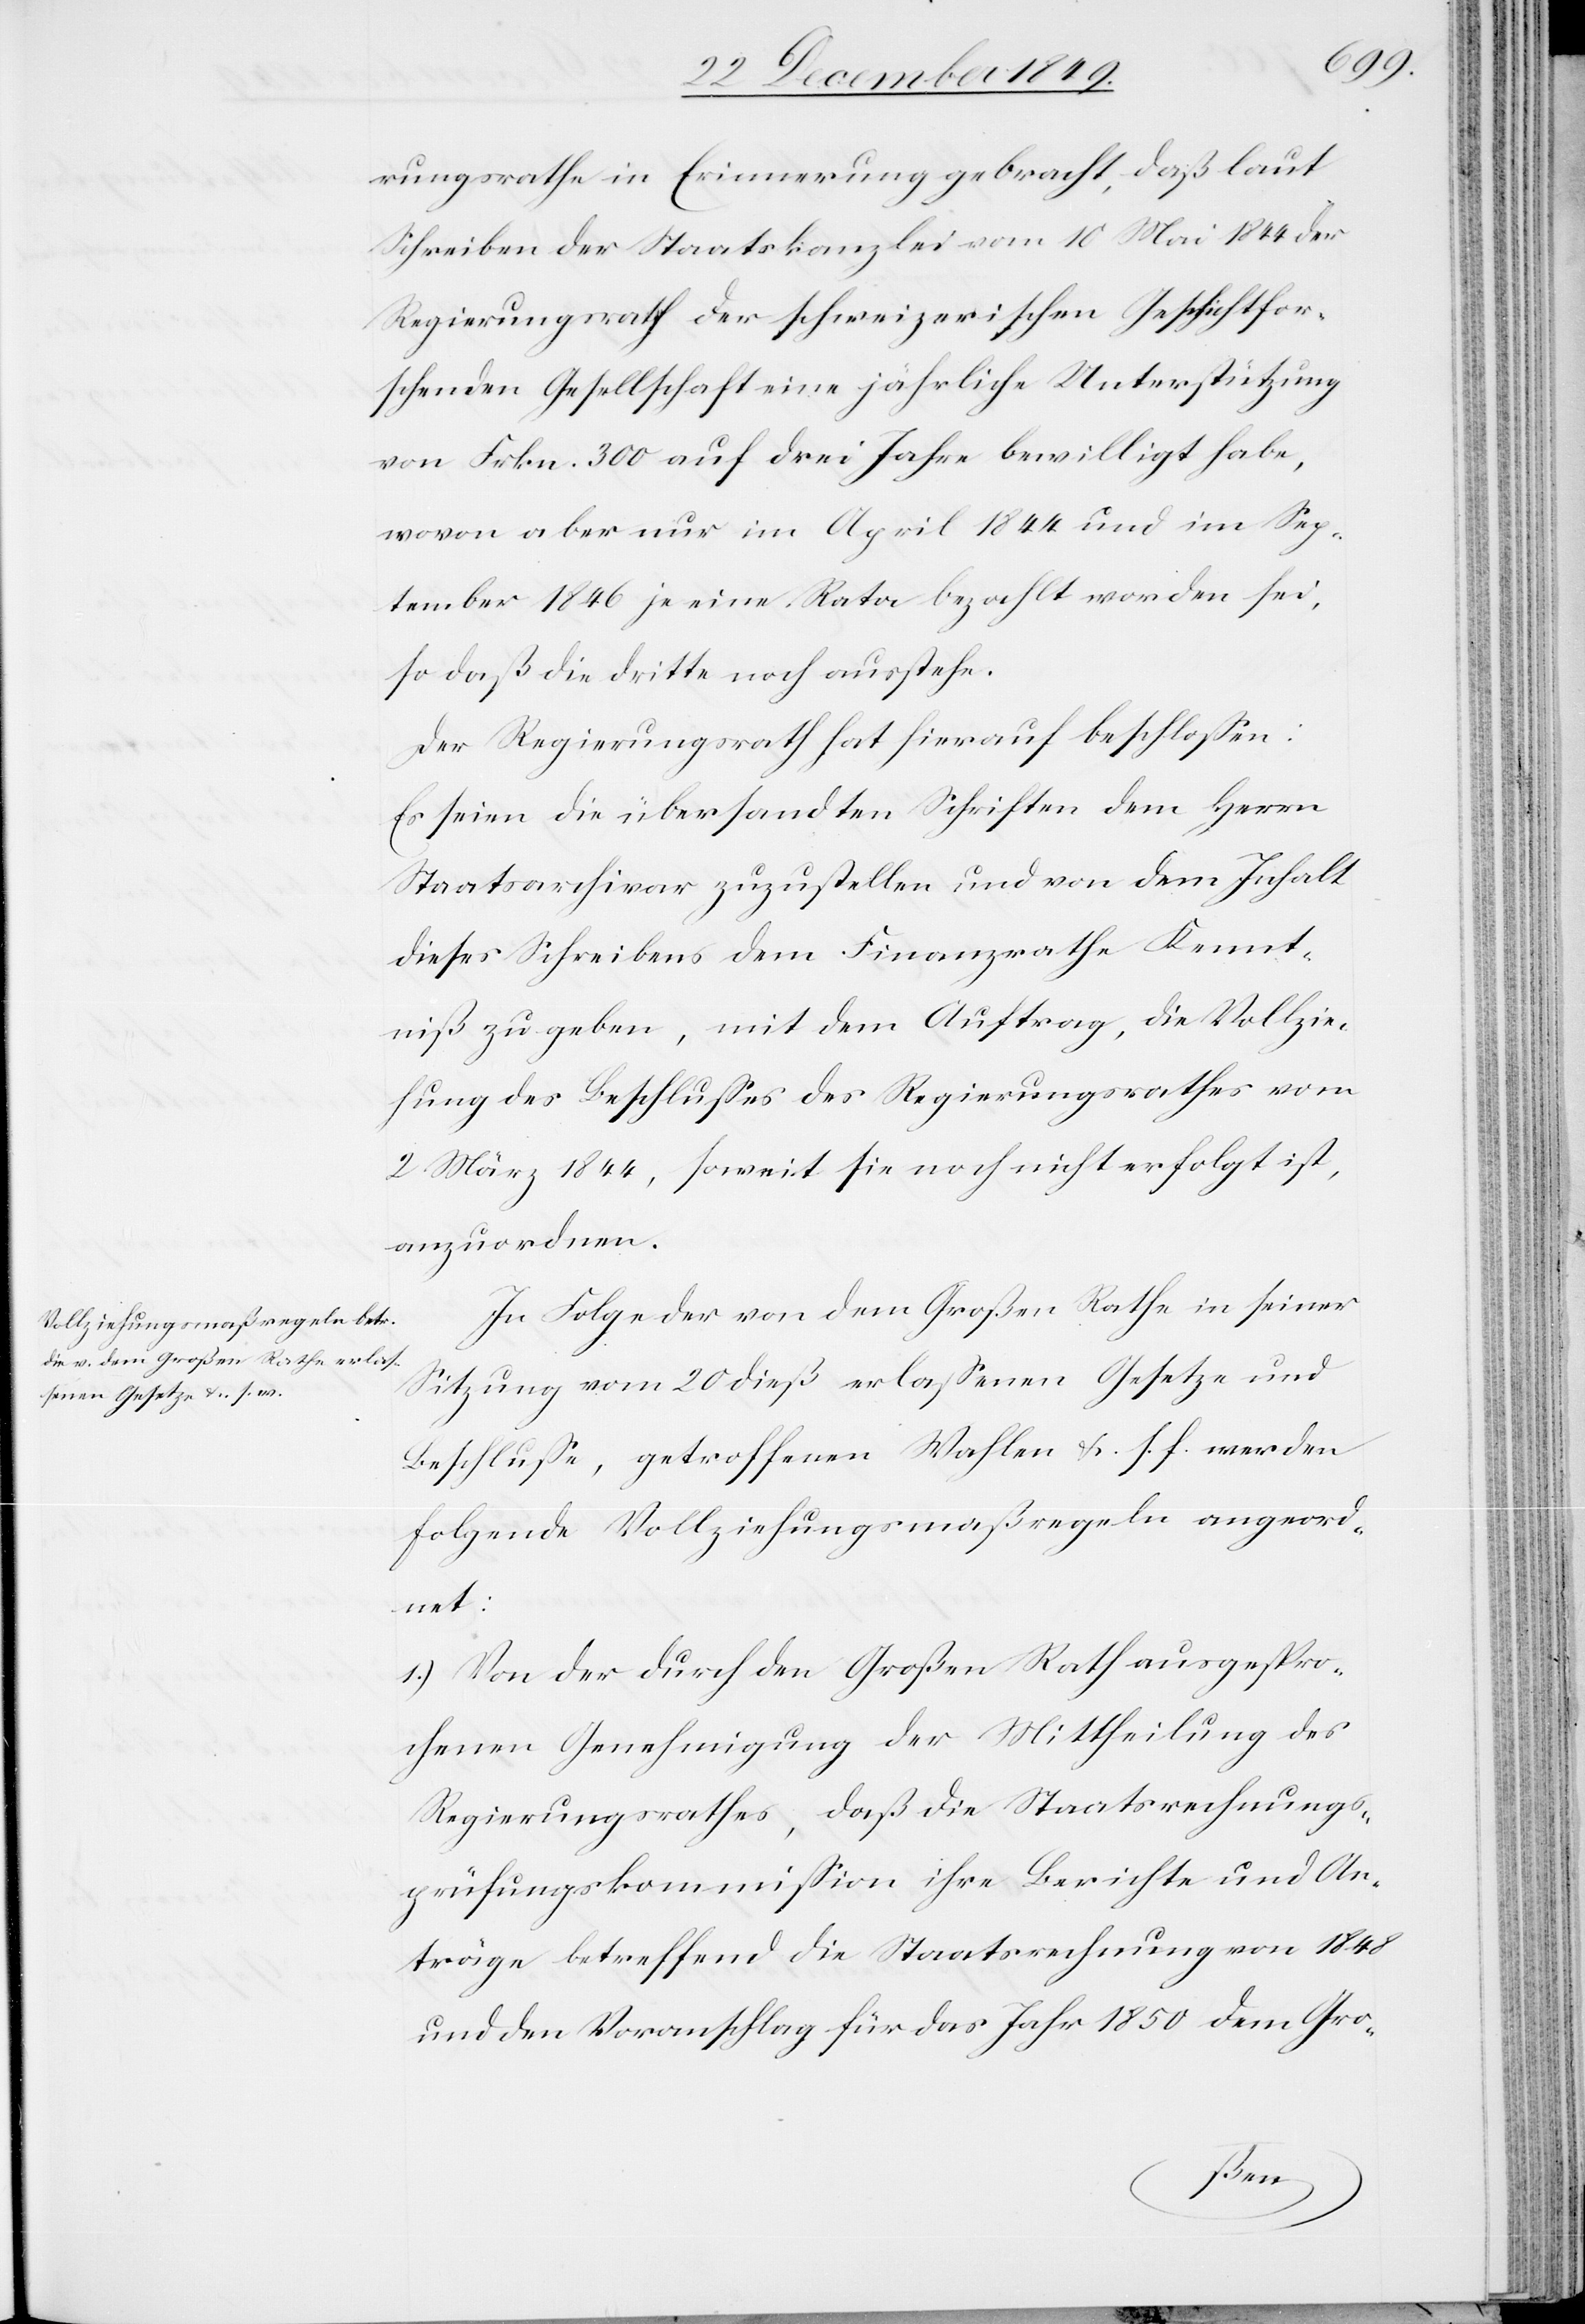
rungsrathe in Erinnerung gebracht, daß laut
Schreiben der Staatskanzlei vom 10 Mai 1844 der
Regierungsrath der schweizerischen Geschichtsfor¬
schenden Gesellschaft eine jährliche Unterstützung
von Frkn. 300 auf drei Jahre bewilligt habe,
wovon aber nur im April 1844 und im Sep¬
tember 1846 je eine Rata bezahlt worden sei,
so daß die dritte noch ausstehe.
Der Regierungsrath hat hierauf beschloßen:
Es seien die übersandten Schriften dem Herrn
Staatsarchivar zuzustellen und von dem Inhalt
dieses Schreibens dem Finanzrathe Kennt¬
niß zu geben, mit dem Auftrag, die Vollzie¬
hung des Beschlußes des Regierungsrathes vom
2 März 1844, soweit sie noch nicht erfolgt ist,
anzuordnen.
In Folge der von dem Großen Rathe in seiner
Sitzung vom 20 dieß erlaßenen Gesetze und
Beschlüße, getroffenen Wahlen u. s. f. werden
folgende Vollziehungsmaßregeln angeord¬
net:
1.) Von der durch den Großen Rath ausgespro¬
chenen Genehmigung der Mittheilung des
Regierungsrathes, daß die Staatsrechnungs¬
prüfungskommißion ihre Berichte und An¬
träge betreffend die Staatsrechnung von 1848
und den Voranschlag für das Jahr 1850 dem Gro-